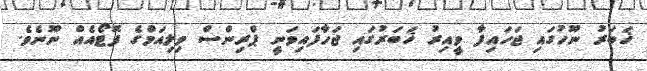
ޚަބަރު ނޫހުގައި ޖަހައިފާ ވީއިރު ޚަބަރުގައި ޖަހާފައިވަނީ ޕްރިންސް ވިލިއަމްގެ ފޮޓޯއެއް ނޫނެވެ.